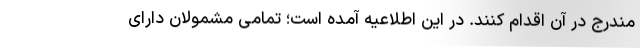
مندرج در آن اقدام کنند. در این اطلاعیه آمده است؛ تمامی مشمولان دارای